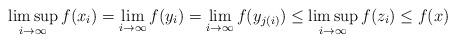
LaTeX: \begin{align*}\limsup_{i\to\infty} f(x_i)=\lim_{i\to\infty} f(y_i)=\lim_{i\to\infty} f(y_{j(i)})\le \limsup_{i\to\infty} f(z_{i})\le f(x)\end{align*}